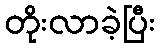
တိုးလာခဲ့ပြီး